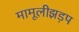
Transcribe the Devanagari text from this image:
मामूलीझड़प